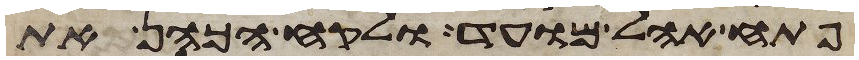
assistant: פתח אהל מועד ולקח הכהן את